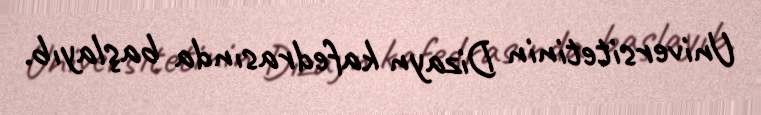
Universitetinin Dizayn kafedrasında başlayıb.